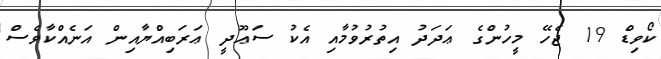
ކޯވިޑް 19 ޖެހޭ މީހުންގެ ޢަދަދު އިތުރުވުމާއި އެކު ސަޢޫދީ ޢަރަބިއްޔާއިން އަނެއްކާވެސް